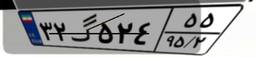
۳۲گ۵۲۴۵۵